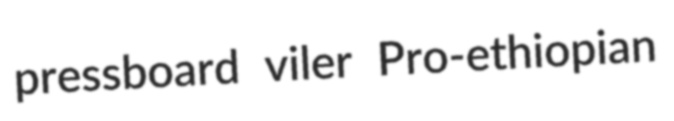
pressboard viler Pro-ethiopian